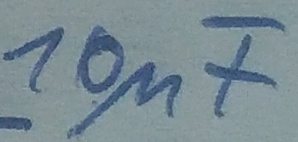
Text: 10µF